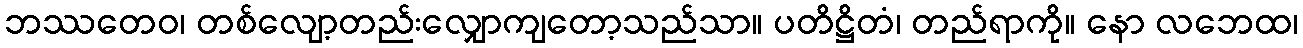
ဘဿတေဝ၊ တစ်လျော့တည်းလျှောကျတော့သည်သာ။ ပတိဋ္ဌိတံ၊ တည်ရာကို။ နော လဘေထ၊